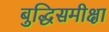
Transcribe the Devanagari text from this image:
बुद्धिसमीक्षा